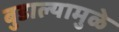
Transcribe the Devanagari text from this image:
बुडाल्यामुळे